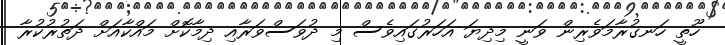
ހޫތީ ހަނގުރާމަވެރިން ވަނީ މިދިޔަ އަހަރުގައިވެސް މި ދުވަސްވަރާއި ދިމާކޮށް މައްކާއަށް ދަތުރުކުރާ